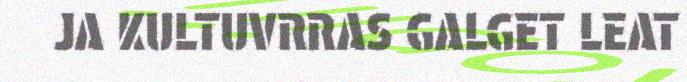
JA KULTUVRRAS GALGET LEAT